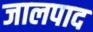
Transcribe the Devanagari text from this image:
जालपाद